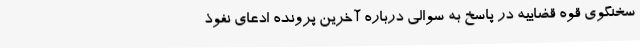
سخنگوی قوه قضاییه در پاسخ به سوالی درباره آخرین پرونده ادعای نفوذ